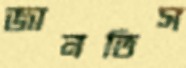
জানতিস